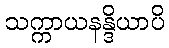
သက္ကာယနန္ဒိယာပိ